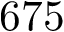
6 7 5